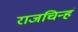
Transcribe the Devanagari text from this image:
राजचिन्हं